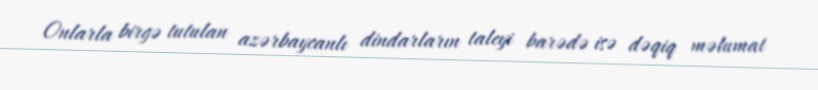
Onlarla birgə tutulan azərbaycanlı dindarların taleyi barədə isə dəqiq məlumat